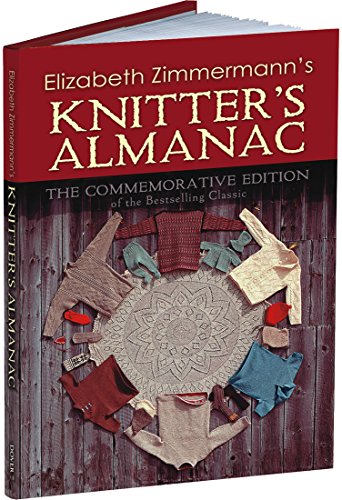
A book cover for Elizabeth Zimmermann's Knitter's Almanac: The Commemorative Edition (Dover Knitting, Crochet, Tatting, Lace); Elizabeth Zimmermann; Crafts, Hobbies & Home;